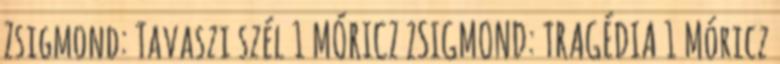
Zsigmond: Tavaszi szél 1 MÓRICZ ZSIGMOND: TRAGÉDIA 1 Móricz